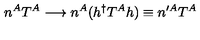
n ^ { A } T ^ { A } \longrightarrow n ^ { A } ( h ^ { \dagger } T ^ { A } h ) \equiv n ^ { \prime A } T ^ { A }